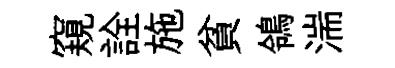
窺詮施貧鴒湍